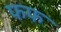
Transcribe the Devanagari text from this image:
फफ